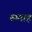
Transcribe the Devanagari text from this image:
रुम्माह